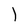
Character: l